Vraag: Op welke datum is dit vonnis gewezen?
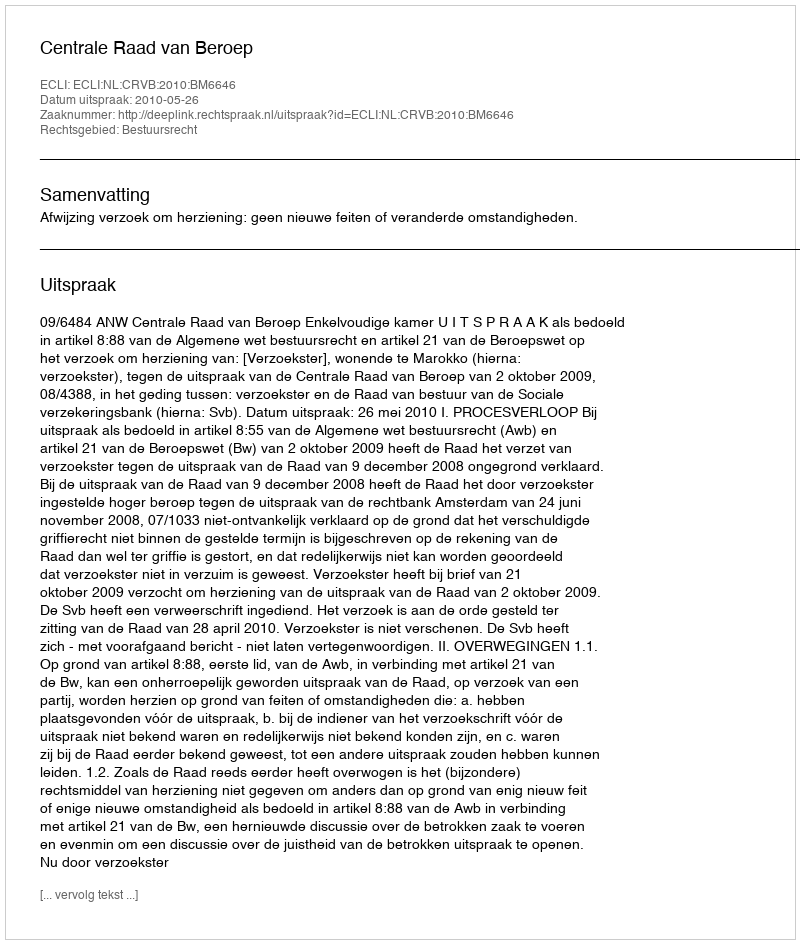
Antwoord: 2010-05-26